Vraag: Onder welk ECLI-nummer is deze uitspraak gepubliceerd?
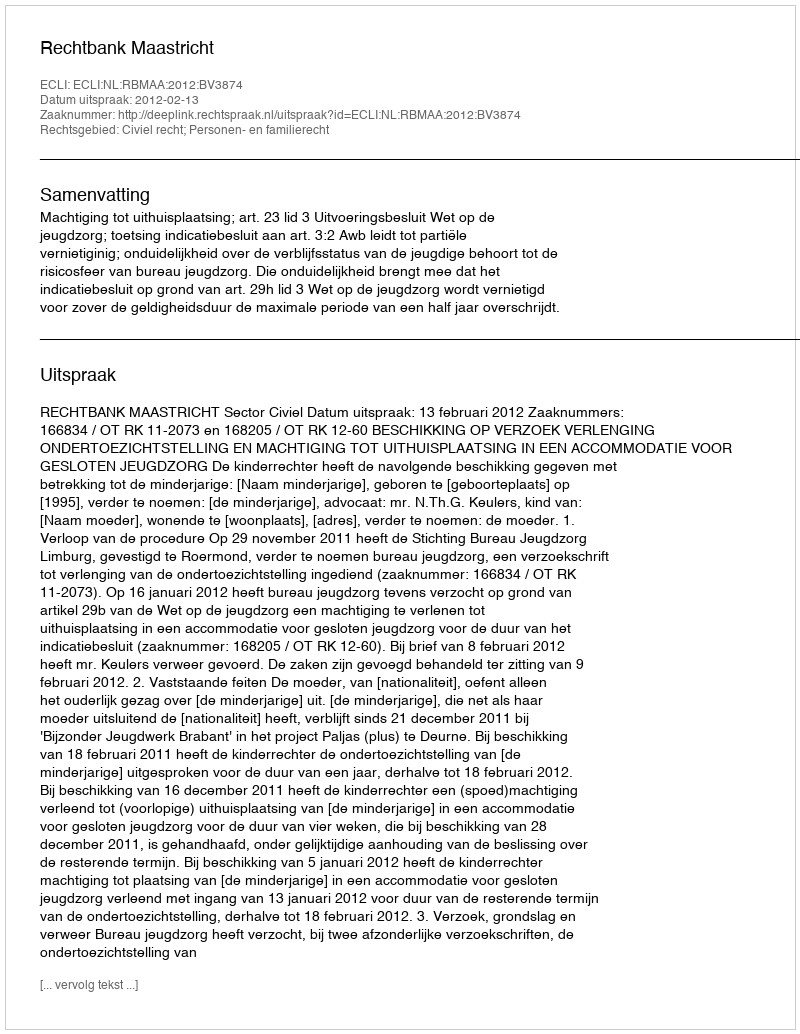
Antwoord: ECLI:NL:RBMAA:2012:BV3874